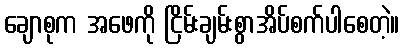
ချောစုက အဖေကို ငြိမ်းချမ်းစွာအိပ်စက်ပါစေတဲ့။